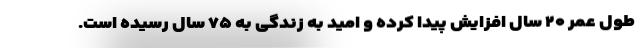
طول عمر ۲۰ سال افزایش پیدا کرده و امید به زندگی به ۷۵ سال رسیده است.